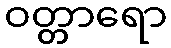
ဝတ္တာရော